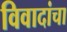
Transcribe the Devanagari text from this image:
विवादांचा